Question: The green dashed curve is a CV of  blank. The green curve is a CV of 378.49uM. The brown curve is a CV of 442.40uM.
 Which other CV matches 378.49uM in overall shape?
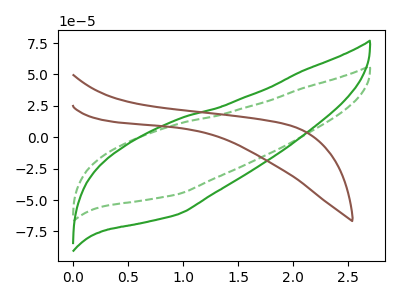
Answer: <think>The green dashed curve " blank" has no peaks. The green curve "378.49uM" has no peaks. The brown curve "442.40uM" has no peaks.
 Neither " blank" or "378.49uM" have any peaks. Neither " blank" or "442.40uM" have any peaks. Neither "378.49uM" or "442.40uM" have any peaks.</think>
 <answer>"378.49uM" and "442.40uM" have a similar shape to " blank".</answer>
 <eval>"378.49uM" "442.40uM"</eval>